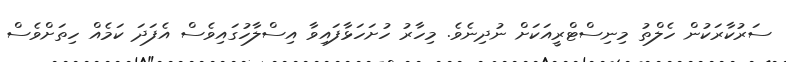
ސަރުކާރަކުން ހެލްތު މިނިސްޓްރީއަކަށް ނުދިނެވެ. މިހާރު ހުށަހަޅާފައިވާ އިސްލާހުގައިވެސް އެފަދަ ކަމެއް ހިތަށްވެސް